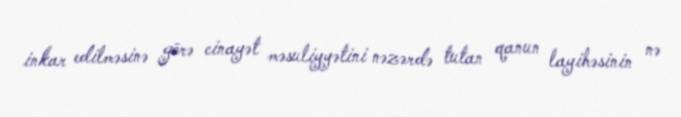
inkar edilməsinə görə cinayət məsuliyyətini nəzərdə tutan qanun layihəsinin nə